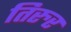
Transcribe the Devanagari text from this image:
तिरुर